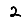
Digit: 2